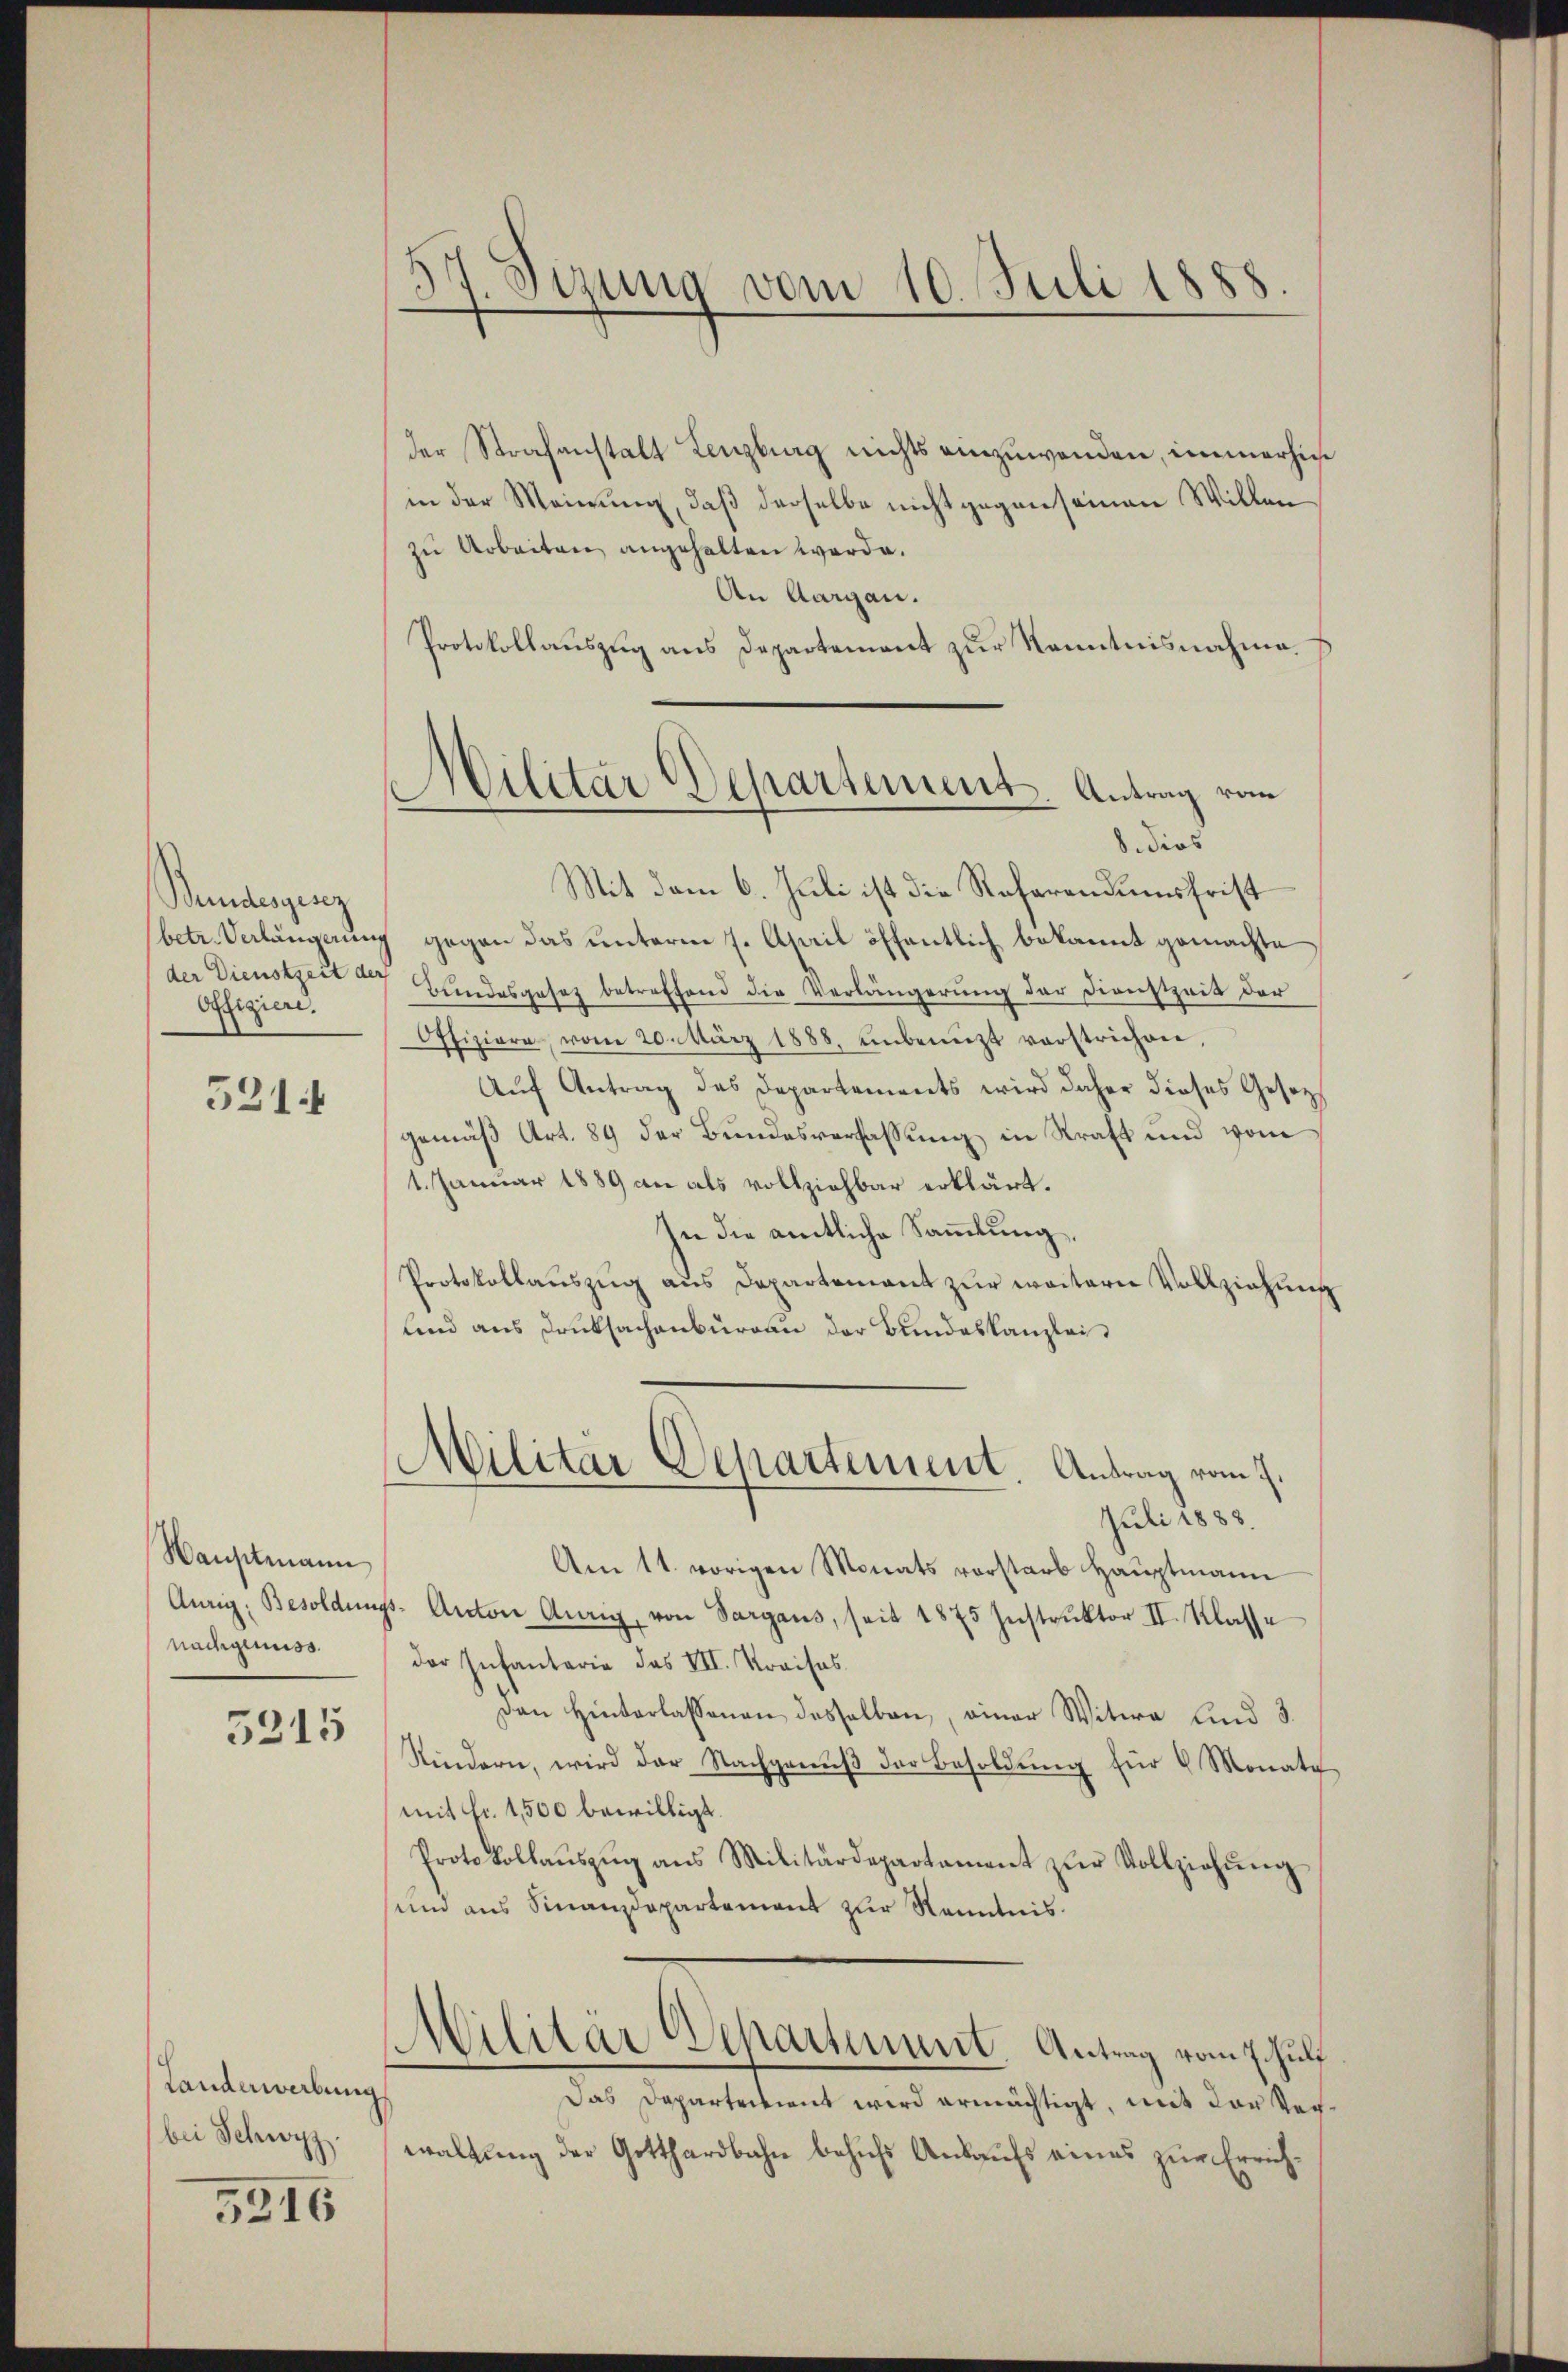
Bundesgenz
betr. Verlängerung
offigiere.

5214

Hauptmann
Aurig, Besoldung
nachgenuss.

5215

Landerwerbung
bei Schwyz.

5216

H Sizung vom 10. Juli 1888

Militar Departement. Antrag vom

der Strafanstalt Lenzburg nichts einzuwenden, immerhie
in der Meinung, daß derselbe nicht gegen seinen Willen
zŭ Arbeiten angehalten werde.
An Aargau.
Protokollauszug aus Departement zur Kenntnisnahme.
8. dies
Mit dem 6. Juli ist die Referendumsfrist
gegen das unterm 7. April öffentlich bekannt gemachte
der Dienstzeit u Bŭndesgesez betreffend die Verlängerŭng der Dienstzeit der
Offiziere, vom 20. März 1888, unbenützt verstrichen,
Aŭf Antrag des Departements wird daher dieses Gesetzt
gemäß Art. 89 der Bundesverfassung in Kraft und vom
1. Januar 1889 an als vollziehbar erklärt.
In die amtliche Sammlung,
Protokollauszug aus Departement zur weitern Vollziehung
und aus Druksachenburgau der Bundeskanzlei
Militär Departement. Antrag vom 7.
Juli 1888.
Am 11. vorigen Monats vorstarb Haŭptmann
p. Anton Anrig, von Sargaus, seit 1875 Instruktor II. Klasse
der Infantarie das VII. Kraisos
Dan hinterlassenen desselben, einer Witwe sind 3.
Kindern, wird der Nachganŭβ der Besoldŭng für 6 Monate
mit Fr. 1500 bewilligt.
Protokollaŭszŭg ans Militärdepartament zŭr Vollziehŭng
und aus Finanzdepartement zur Kenntnis.
Militär Schartenant Antrag vom 7. Juli
Das Departeivient wird ermächtigt, mit der Verwaltung der Gotthardbahn behufs Ankaufs eines zur Errich¬